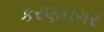
કરણનગર